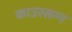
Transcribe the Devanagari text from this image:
काउस्सग्ग